Indian journal of veterinary science and animal husbandry - Volumes 18-21, 1948-1951
Year: 1948
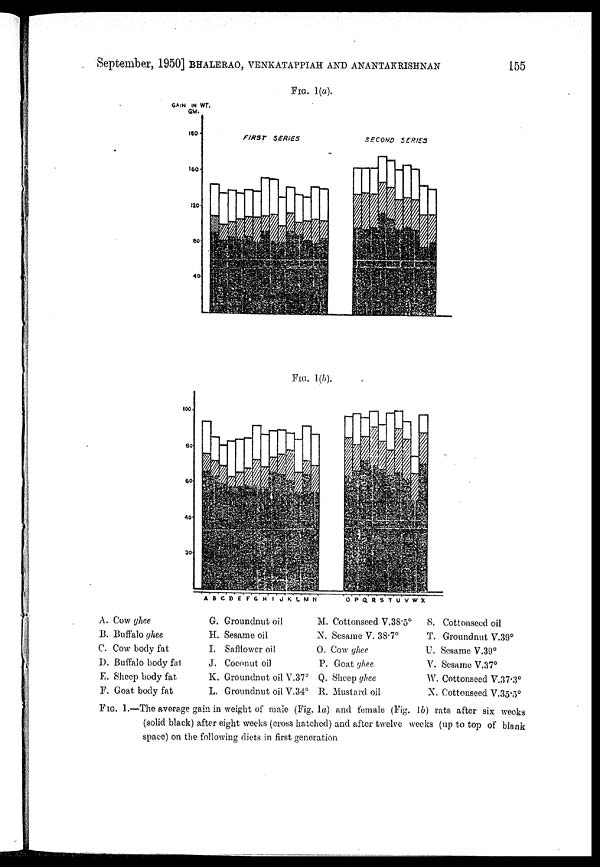
September, 1950] BHALERAO, VENKATAPPIAH AND ANANTAKRISHNAN 155
FIG. 1(a).
FIG. 1(b).
A.
B.
C.
D.
E.
F.
Cow ghee
Buffalo ghee
Cow body fat
Buffalo body fat
Sheep body fat
Goat body fat
G.
II.
I.
J.
K.
L.
Groundnut oil
Sesame oil
Safflower oil
Coconut oil
Groundnut oil V.37°
Groundnut oil V.34°
M.
N.
O.
P.
Q.
R.
Cottonseed V.38.5°
Sesame V. 38.7°
Cow ghee
Goat ghee
Sheep ghee
Mustard oil
S.
T.
U.
V.
W.
X.
Cottonseed oil
Groundnut V.39°
Sesame V.39°
Sesame V.37°
Cottonseed V.37.3°
Cottonseed V.35.5°
FIG. 1.—The average gain in weight of male (Fig. 1a) and female (Fig. 1b) rats after six weeks
(solid black) after eight weeks (cross hatched) and after twelve weeks (up to top of blank
space) on the following diets in first generation